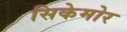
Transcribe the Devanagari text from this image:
सिकेमोर